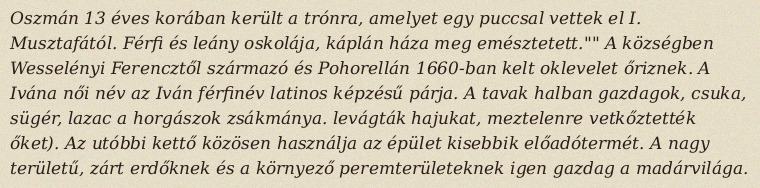
Oszmán 13 éves korában került a trónra, amelyet egy puccsal vettek el I. Musztafától. Férfi és leány oskolája, káplán háza meg emésztetett."" A községben Wesselényi Ferencztől származó és Pohorellán 1660-ban kelt oklevelet őriznek. A Ivána női név az Iván férfinév latinos képzésű párja. A tavak halban gazdagok, csuka, sügér, lazac a horgászok zsákmánya. levágták hajukat, meztelenre vetkőztették őket). Az utóbbi kettő közösen használja az épület kisebbik előadótermét. A nagy területű, zárt erdőknek és a környező peremterületeknek igen gazdag a madárvilága.